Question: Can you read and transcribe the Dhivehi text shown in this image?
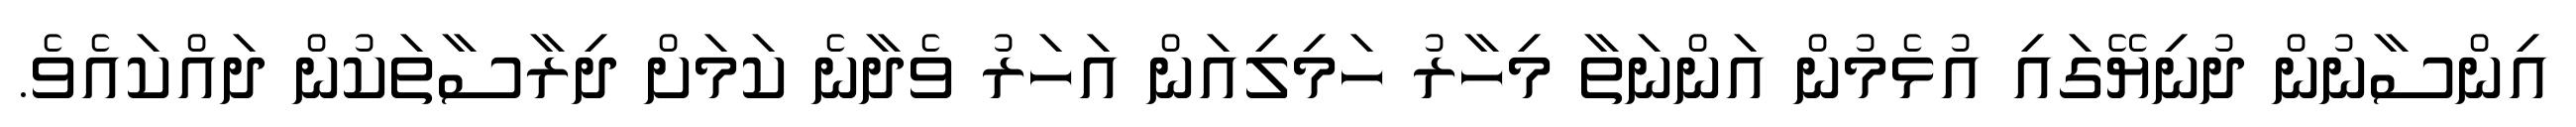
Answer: އިންސާނުން ދުނިޔޭގައި އުޅެމުން އަންނަތާ މިހާރު ހަމިލިއަން އަހަރު ވެދާނެ ކަމަށް ދިރާސާތަކުން ދައްކައެވެ.